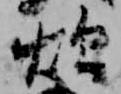
炊